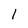
Character: 1